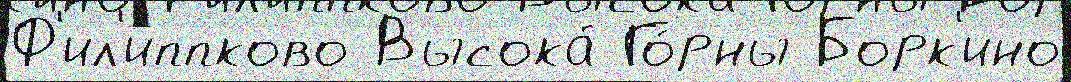
Ф'ил'иппково Высока́ Го́рны Борк'ино